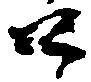
口